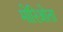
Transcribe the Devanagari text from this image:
मोरिओता